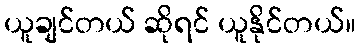
ယူချင်တယ် ဆိုရင် ယူနိုင်တယ်။